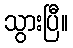
သွားပြီ။